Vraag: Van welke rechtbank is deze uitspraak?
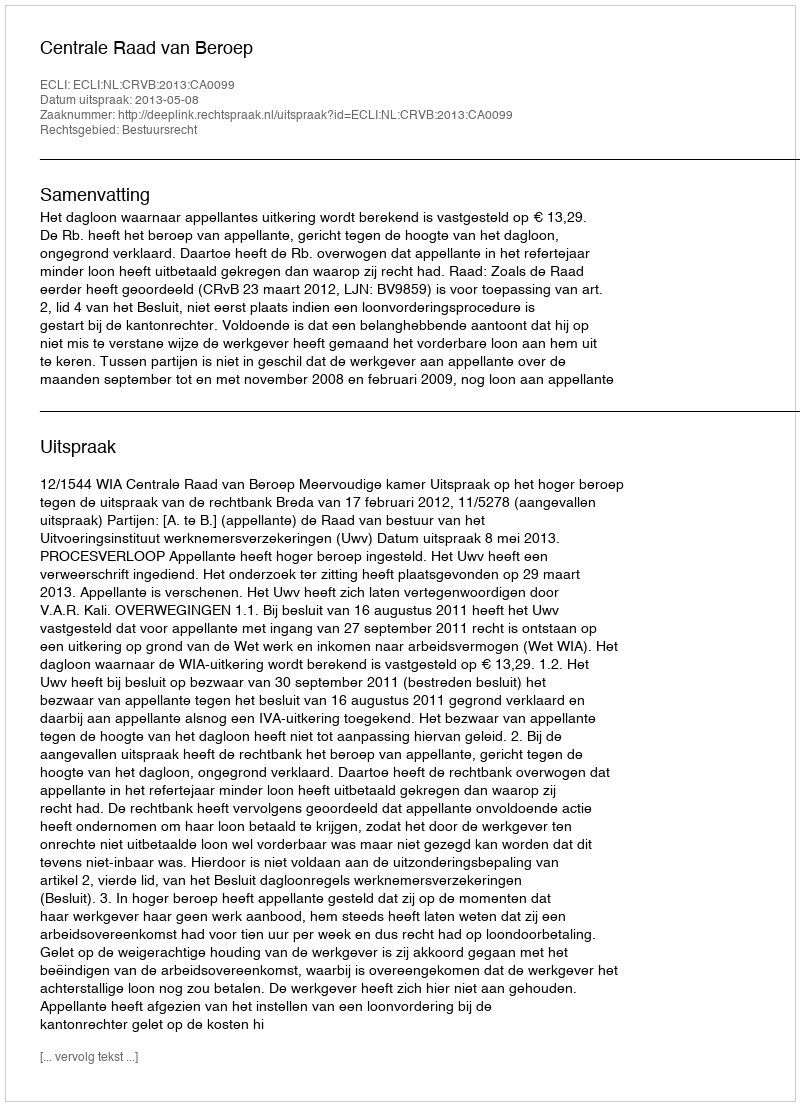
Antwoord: Centrale Raad van Beroep